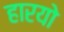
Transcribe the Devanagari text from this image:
हारयो